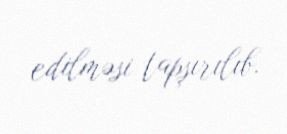
edilməsi tapşırılıb.